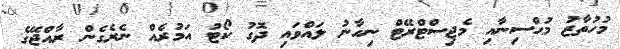
މުހުތާޒު މުޙްސިނާއި މެޖިސްޓްރޭޓް ނިހާނު ލައްވައި ދޮގު ކޯޓު އަމުރެއް ނެރެގެން ރާއްޖޭގެ